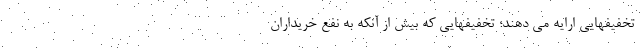
تخفیفهایی ارایه می دهند؛ تخفیفهایی که بیش از آنکه به نفع خریداران